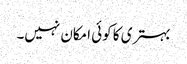
بہتری کا کوئی امکان نہیں۔